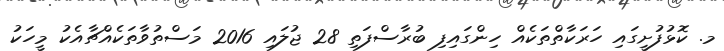
މ. ކޮޅުފުށީގައި ހަރަކާތްތަކެއް ހިންގައިފި ބުރާސްފަތި 28 ޖުލައި 2016 މަސްތުވާތަކެއްޗާއެކު މީހަކު